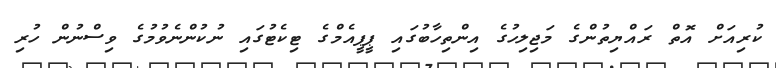
ކުރިއަށް އޮތް ރައްޔިތުންގެ މަޖިލިހުގެ އިންތިހާބުގައި ޕީޕީއެމްގެ ޓިކެޓުގައި ނުކުންނެވުމުގެ ވިސްނުން ހުރި